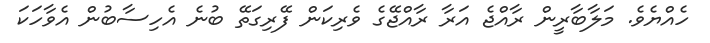
ހެއްޔެވެ. މަލާބާރީން ރާއްޖެ އަރާ ރާއްޖޭގެ ވެރިކަން ފޭރިގަތޭ ބުނެ އެހިސާބުން އެވާހަކަ